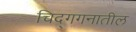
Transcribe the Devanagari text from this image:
चिद्‌गगनातील